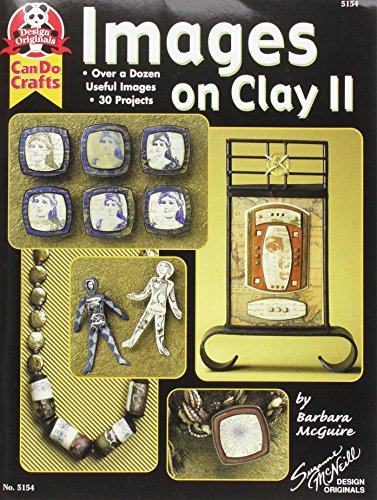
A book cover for Images On Clay 2: Over A Dozen Useful Images, 30 Projects (Design Originals); Barbara McGuire; Crafts, Hobbies & Home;